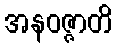
အနဝဇ္ဇာတိ